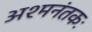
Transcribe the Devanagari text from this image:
अश्‍मनंतकः